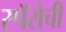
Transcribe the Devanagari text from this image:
स्पॅरोची